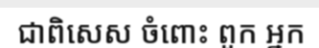
ជាពិសេស ចំពោះ ពួក អ្នក